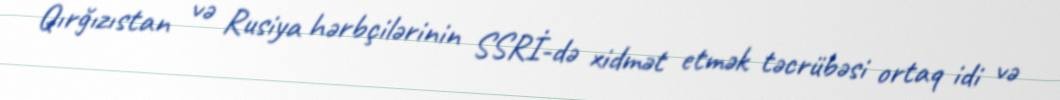
Qırğızıstan və Rusiya hərbçilərinin SSRİ-də xidmət etmək təcrübəsi ortaq idi və